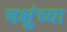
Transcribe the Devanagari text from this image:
चक्षुंच्या